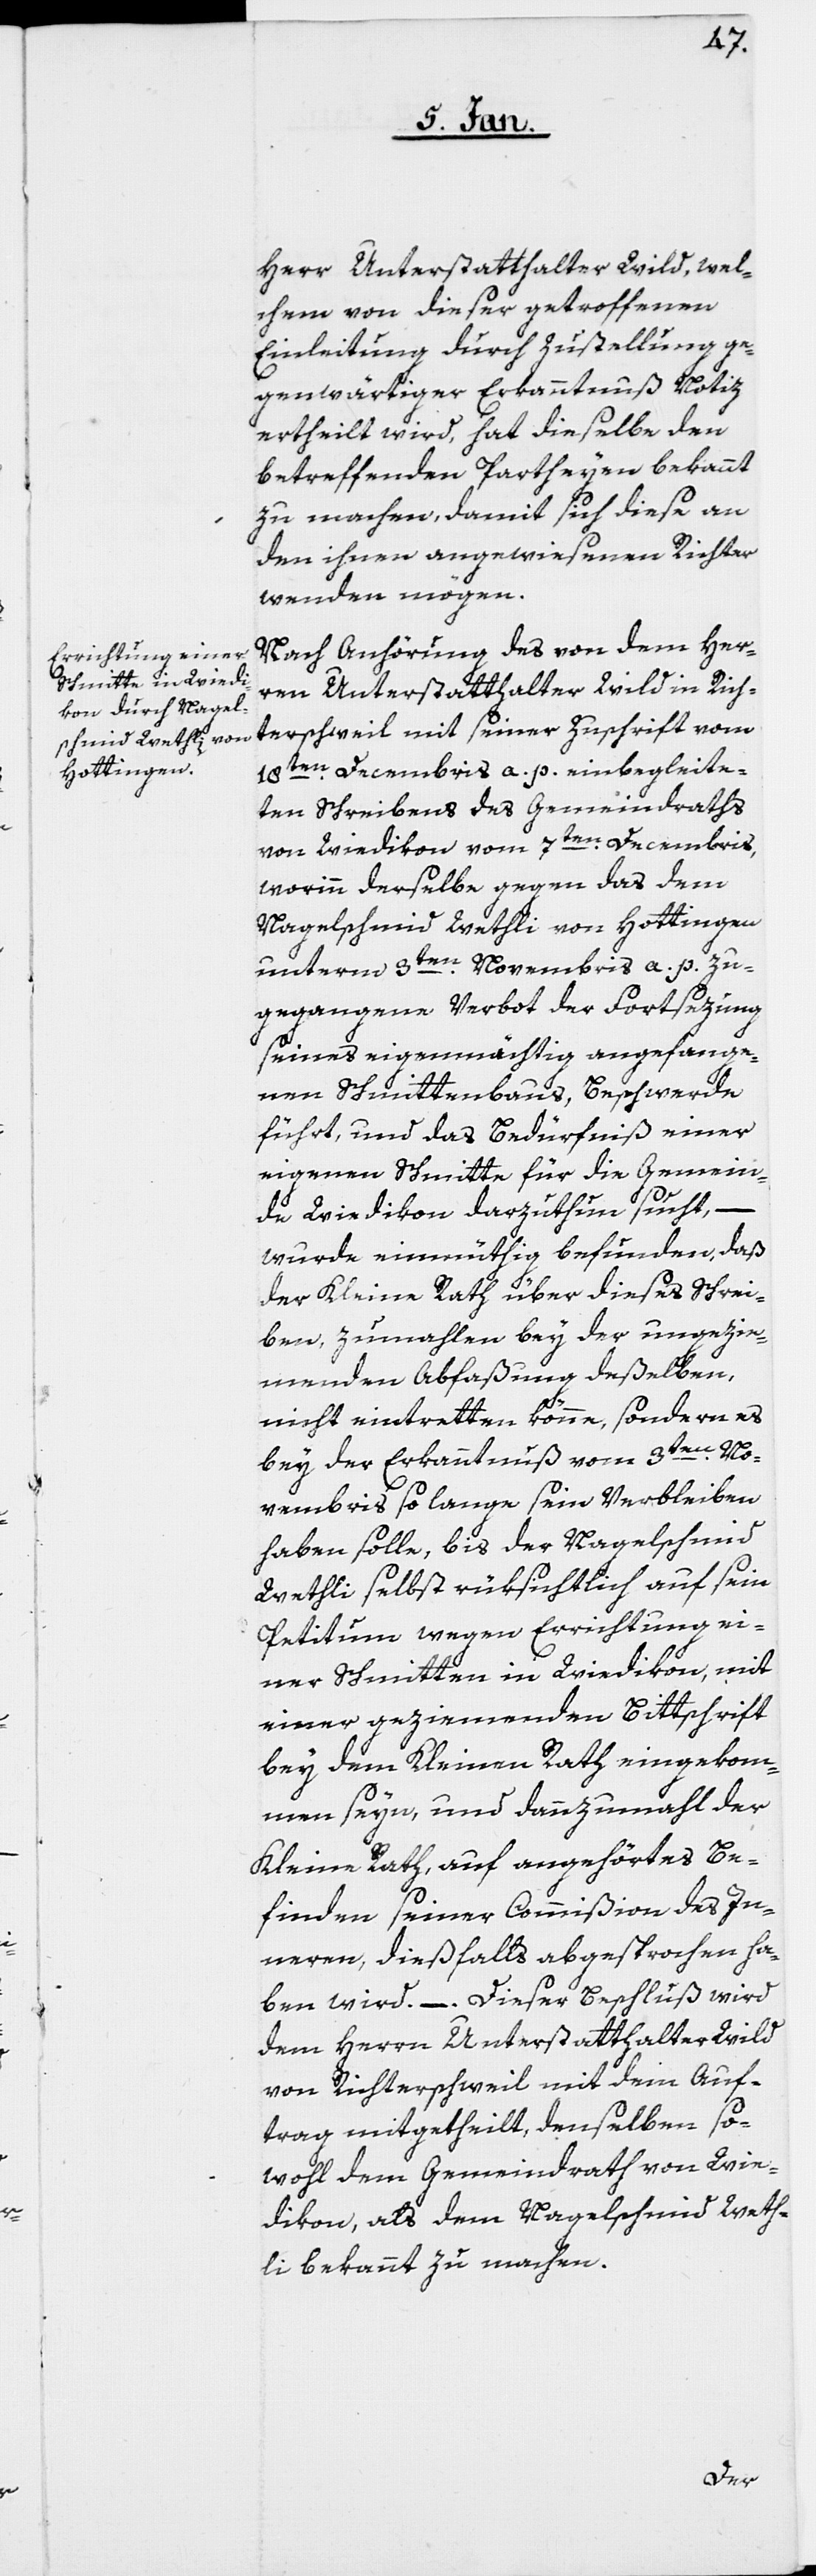
Herr Unterstatthalter Wild, wel¬
chem von dieser getroffenen
Einleitung durch Zustellung ge¬
genwärtiger Erkanntnuß Notiz
ertheilt wird, hat dieselbe den
betreffenden Partheyen bekannt
zu machen, damit sich diese an
den ihnen angewiesenen Richter
wenden mögen.
Nach Anhörung des von dem Her¬
ren Unterstatthalter Wild in Rich¬
terschweil mit seiner Zuschrift vom
18ten Decembris a. p. einbegleite¬
ten Schreibens des Gemeindraths
von Wiedikon vom 7ten Decembris,
worinn derselbe gegen das dem
Nagelschmid Wethli von Hottingen
unterm 3ten Novembris a. p. zu¬
gegangene Verbot der Fortsezung
seines eigenmächtig angefange¬
nen Schmittenbaus, Beschwerde
führt, und das Bedürfniß einer
eigenen Schmitte für die Gemein¬
de Wiedikon darzuthun sucht,
wurde einmüthig befunden, daß
der Kleine Rath über dieses Schrei¬
ben, zumahlen bey der ungezie¬
menden Abfaßung deßelben,
nicht eintretten könne, sondern es
bey der Erkanntnuß vom 3ten. No¬
vembris so lange sein Verbleiben
haben solle, bis der Nagelschmid
Wethli selbst rüksichtlich auf sein
Petitum wegen Errichtung ei¬
ner Schmitten in Wiedikon, mit
einer geziemenden Bittschrift
bey dem Kleinen Rath eingekom¬
men seyn, und dannzumahl der
Kleine Rath, auf angehörtes Be¬
finden seiner Commißion des In¬
nern, dießfalls abgesprochen ha¬
dem Herrn Unterstatthalter Wild
von Richterschweil mit dem Auf¬
trag mitgetheilt, denselben so¬
wohl dem Gemeindrath von Wie¬
dikon als dem Nagelschmid Weth¬
li bekannt zu machen.
Dieser